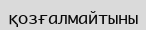
қозғалмайтыны